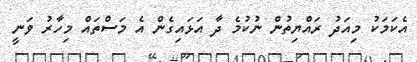
އެކަމަކު މިއަދު ރައްޔިތުން ނުކުމެ ދާ އަޅައިގެން އެ މަސްތައް މިހާރު ވަނީ